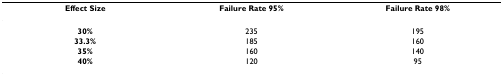
| Effect Size | Failure Rate 95% | Failure Rate 98% |
 | --- | --- | --- |
 | 30% | 235 | 195 |
 | 33.3% | 185 | 160 |
 | 35% | 160 | 140 |
 | 40% | 120 | 95 |